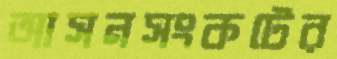
আসনসংকটের